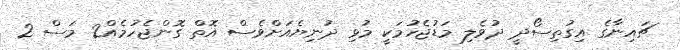
ޗައިނާގެ އިގުތިސޯދީ ދުވެލި މަޑުޖެހުމަކީ މުޅި ދުނިޔެއަށްވެސް އޮތް ގޮންޖެހުމެއް2 މަސް 2